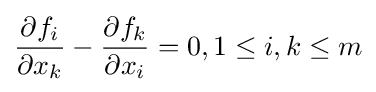
{\frac {\partial f_{i}}{\partial x_{k}}}-{\frac {\partial f_{k}}{\partial x_{i}}}=0,1\leq i,k\leq m